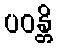
ပဝန္တိ